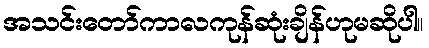
အသင်းတော်ကာလကုန်ဆုံးချိန်ဟုမဆိုပါ။